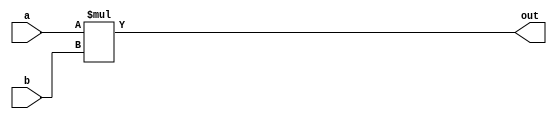


module multi#(parameter WIDTH = 8)
(
	input [WIDTH-1:0] a,
	input [WIDTH-1:0] b, 
	output [2*WIDTH-1:0]out
);

assign out = a * b; 

endmodule